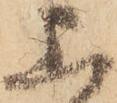
上